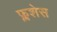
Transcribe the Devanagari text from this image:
फ्लशेस